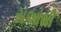
સઓથી